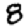
Digit: 8